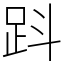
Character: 𧿫